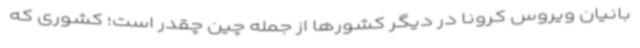
بانیان ویروس کرونا در دیگر کشورها از جمله چین چقدر است؛ کشوری که